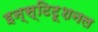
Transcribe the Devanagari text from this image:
इन्स्टिटूशनल